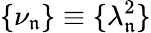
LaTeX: {\{ \nu_{\mathfrak{n}}\} \equiv\{ \lambda_{\mathfrak{n}}^{2}\} }